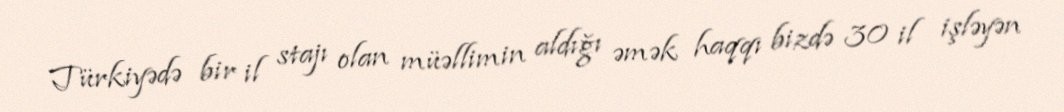
Türkiyədə bir il stajı olan müəllimin aldığı əmək haqqı bizdə 30 il işləyən